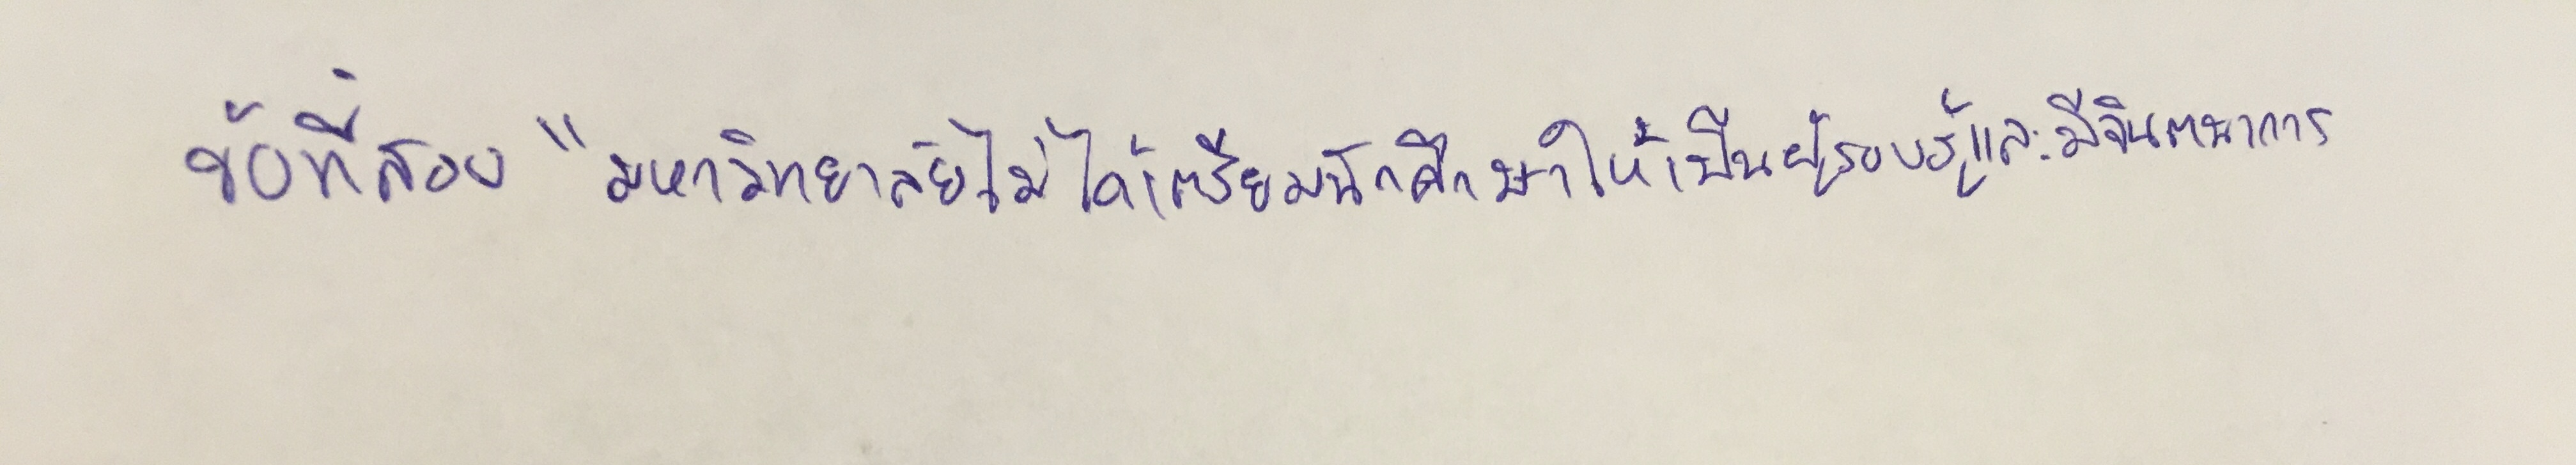
ข้อที่สอง"มหาวิทยาลัยไม่ได้เตรียมนักศึกษาให้เป็นผู้รอบรู้และมีจินตนาการ"